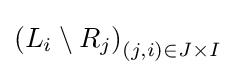
\left(L_{i}\setminus R_{j}\right)_{(j,i)\in J\times I}